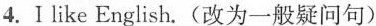
4.Ⅰ like English.(改为一般疑问句)